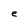
Character: e